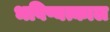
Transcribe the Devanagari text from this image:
भविष्यत्काल